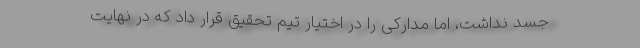
جسد نداشت، اما مدارکی را در اختیار تیم تحقیق قرار داد که در نهایت